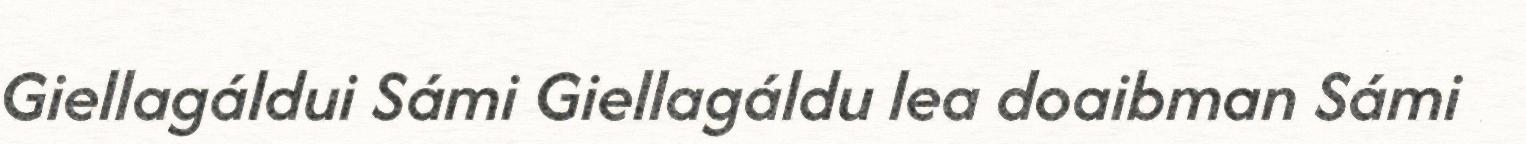
Giellagáldui Sámi Giellagáldu lea doaibman Sámi